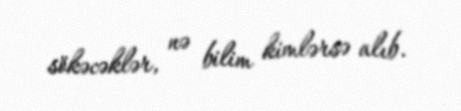
sökəcəklər, nə bilim kimlərsə alıb.